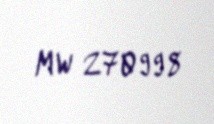
MW 270998